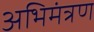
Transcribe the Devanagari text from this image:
अभिमंत्रण